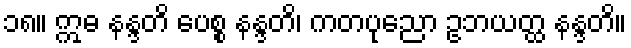
၁၈။ ဣဓ နန္ဒတိ ပေစ္စ နန္ဒတိ၊ ကတပုညော ဥဘယတ္ထ နန္ဒတိ။